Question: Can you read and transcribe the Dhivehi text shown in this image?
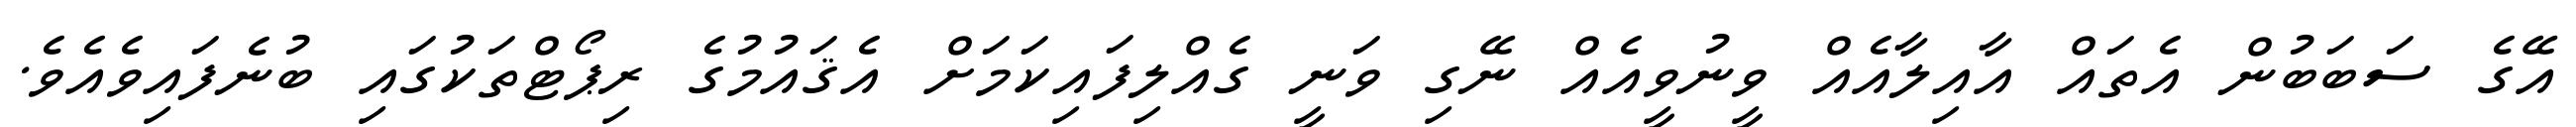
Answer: އޭގެ ސަބަބުން އެތައް އާއިލާއެއް ވީނުވީއެއް ނޭގި ވަނީ ގެއްލިފައިކަމަށް އެޤައުމުގެ ރިޕޯޓްތަކުގައި ބުނެފައިވެއެވެ.